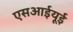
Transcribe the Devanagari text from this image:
एसआईयूई